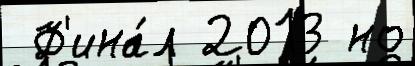
 Ф'ина́л 2013 но